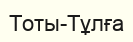
Тоты-Тұлға